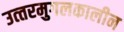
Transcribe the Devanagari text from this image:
उत्‍तरमुगलकालीन